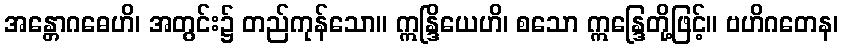
အန္တောဂဓေဟိ၊ အတွင်း၌ တည်ကုန်သော။ ဣန္ဒြိယေဟိ၊ စသော ဣန္ဒြေတို့ဖြင့်။ ဗဟိဂတေန၊